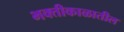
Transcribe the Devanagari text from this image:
भक्तीकाळातील